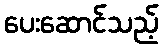
ပေးဆောင်သည့်